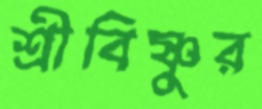
শ্রীবিষ্ণুর